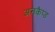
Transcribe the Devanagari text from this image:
अनकैप्ड